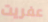
عفريت